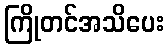
ကြိုတင်အသိပေး